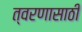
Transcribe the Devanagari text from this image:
त्वरणासाठी